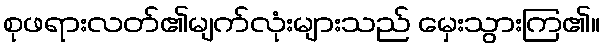
စုဖရားလတ်၏မျက်လုံးများသည် မှေးသွားကြ၏။